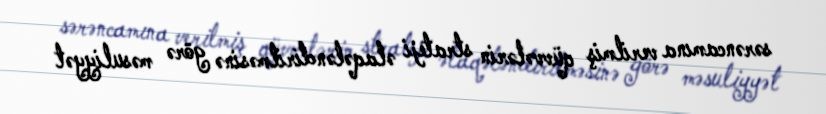
sərəncamına verilmiş qüvvələrin strateji əlaqələndirilməsinə görə məsuliyyət